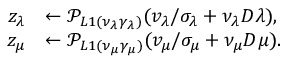
\begin{array} { r l } { z _ { \lambda } } & { \leftarrow \mathcal { P } _ { L 1 ( \nu _ { \lambda } \gamma _ { \lambda } ) } ( v _ { \lambda } / \sigma _ { \lambda } + \nu _ { \lambda } D \lambda ) , } \\ { z _ { \mu } } & { \leftarrow \mathcal { P } _ { L 1 ( \nu _ { \mu } \gamma _ { \mu } ) } ( v _ { \mu } / \sigma _ { \mu } + \nu _ { \mu } D \mu ) . } \end{array}